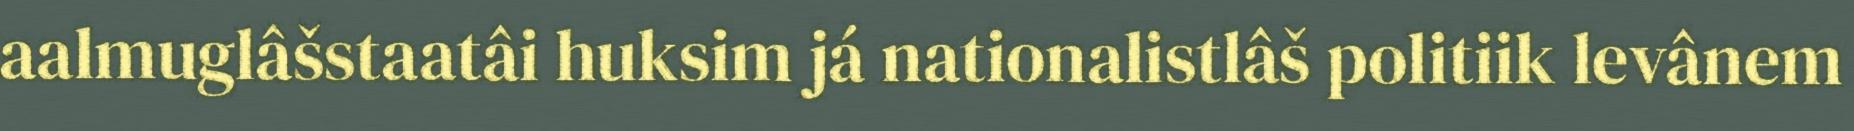
aalmuglâšstaatâi huksim já nationalistlâš politiik levânem